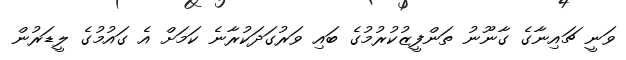
ވަނީ ޗައިނާގެ ގާނޫނު ތަންފީޒުކުރުމުގެ ބައި ވަރުގަދަކުރާނެ ކަމަށް އެ ގައުމުގެ ލީޑަރުން